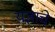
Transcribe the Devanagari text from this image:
य़ज्ञाचे